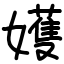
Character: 嬳